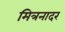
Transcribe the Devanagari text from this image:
मित्रनादर